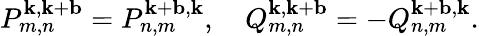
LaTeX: \begin{array}{r}{P_{m,n}^{\mathbf{k},\mathbf{k}+\mathbf{b}}=P_{n,m}^{\mathbf{k}+\mathbf{b},\mathbf{k}},\quad Q_{m,n}^{\mathbf{k},\mathbf{k}+\mathbf{b}}=-Q_{n,m}^{\mathbf{k}+\mathbf{b},\mathbf{k}}.}\end{array}